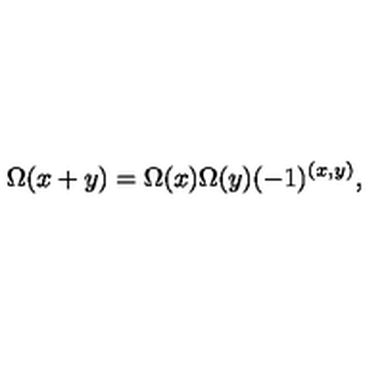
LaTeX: \Omega ( x + y ) = \Omega ( x ) \Omega ( y ) ( - 1 ) ^ { ( x , y ) } ,